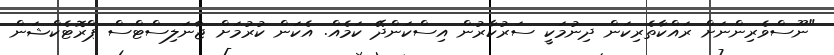
"ނޫސްވެރިންނަށް ރައްކާތެރިކަން ދިނުމަކީ ސަރުކާރުން އިސްކަންދޭ ކަމެއް. އެކަން ކުރުމަށް ޖާނަލިސްޓްސް ޕްރޮޓެކްޝަން